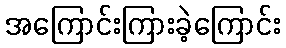
အကြောင်းကြားခဲ့ကြောင်း